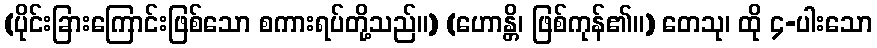
(ပိုင်းခြားကြောင်းဖြစ်သော စကားရပ်တို့သည်။) (ဟောန္တိ၊ ဖြစ်ကုန်၏။) တေသု၊ ထို ၄-ပါးသော